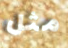
مثل